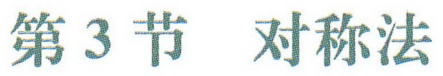
第3节 对称法